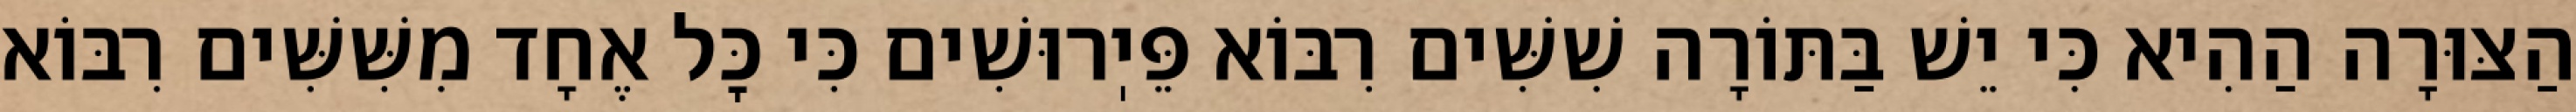
הַצּוּרָה הַהִיא כִּי יֵשׁ בַּתּוֹרָה שִׁשִּׁים רִבּוֹא פֵּיֽרוּשִׁים כִּי כׇּל אֶחָד מִשִּׁשִּׁים רִבּוֹא